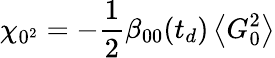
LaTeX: \chi_{0^{2}}=-\frac{1}{2}\beta_{00}(t_{d})\left\langle G_{0}^{2}\right\rangle